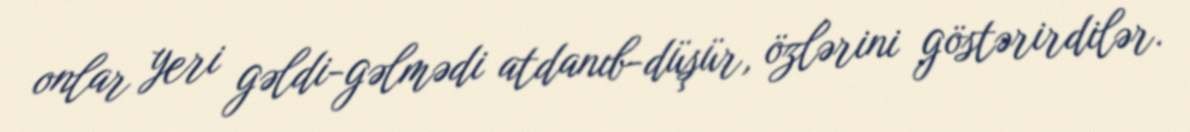
onlar yeri gəldi-gəlmədi atdanıb-düşür, özlərini göstərirdilər.